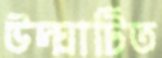
উদ্‌ঘাটিত